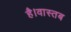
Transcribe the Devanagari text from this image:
है।वास्तब